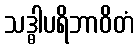
သဒ္ဓါပရိဘာဝိတံ